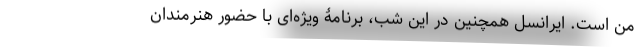
من است. ایرانسل همچنین در این شب، برنامۀ ویژه‌ای با حضور هنرمندان